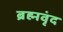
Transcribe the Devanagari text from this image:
ब्रह्मवृंद